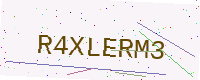
Text: R4XLERM3